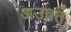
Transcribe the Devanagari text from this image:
अउन्नत